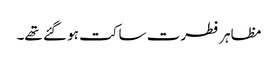
مظاہر فطرت ساکت ہو گئے تھے۔